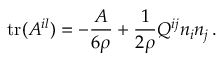
\mathrm { t r } ( { \cal A } ^ { i l } ) = - \frac { A } { 6 \rho } + \frac 1 { 2 \rho } Q ^ { i j } n _ { i } n _ { j } \, .